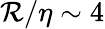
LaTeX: \mathcal{R}/\eta\sim4